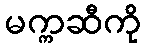
မက္ကဆီကို